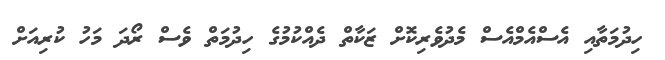
ހިދުމަތާއި އެސްއެމްއެސް މެދުވެރިކޮށް ޒަކާތް ދެއްކުމުގެ ހިދުމަތް ވެސް ރޯދަ މަހު ކުރިއަށް